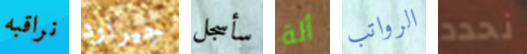
نراقبه جيرارد سأسجل ألة الرواتب نحدد